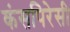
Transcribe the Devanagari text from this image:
कंसपिरेसी